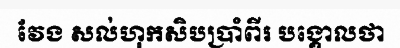
វែង សល់ហុកសិបប្រាំពីរ បង្គោលថា